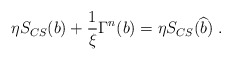
\begin{align*}\eta S_{CS}(b)+\frac 1\xi \Gamma ^n(b)=\eta S_{CS}(\widehat{b})\;.\end{align*}